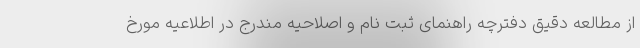
از مطالعه دقیق دفترچه راهنمای ثبت نام و اصلاحیه مندرج در اطلاعیه مورخ